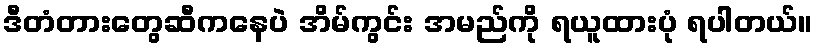
ဒီတံတားတွေဆီကနေပဲ အိမ်ကွင်း အမည်ကို ရယူထားပုံ ရပါတယ်။